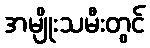
အမျိုးသမီးတွင်